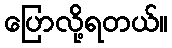
ပြောလို့ရတယ်။